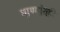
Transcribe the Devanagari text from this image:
गाण्यांतही